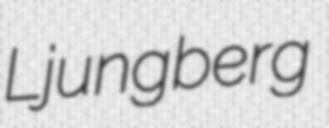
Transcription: Ljungberg